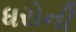
ધરોની